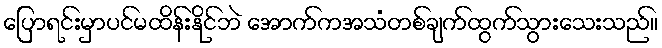
ပြောရင်းမှာပင်မထိန်းနိုင်ဘဲ အောက်ကအသံတစ်ချက်ထွက်သွားသေးသည်။